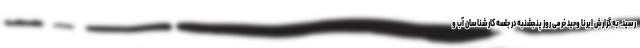
رسید. به گزارش ایرنا وحید خرمی روز پنجشنبه در جلسه کارشناسان آب و